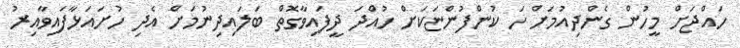
ހައްޖަށް މީހުން ގެންދިއުމަށް ހަ ކުންފުންޏަކަށް ހުއްދަ ދީފައިވާގޮތް ބަލައިދިނުމަށް އެދި ހުށައަޅާފައިވާއިރު